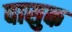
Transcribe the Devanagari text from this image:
वासुक